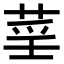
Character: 𦲻